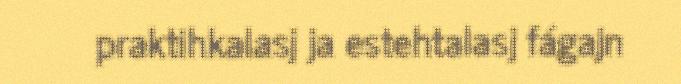
praktihkalasj ja estehtalasj fágajn